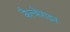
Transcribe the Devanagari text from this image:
कैल्‍केराइन